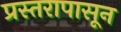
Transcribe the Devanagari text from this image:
प्रस्तरापासून